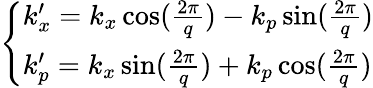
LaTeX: \begin{array}{r}{\left\{ \begin{array}{lll}{k_{x}^{\prime}=k_{x}\cos(\frac{2\pi}{q})-k_{p}\sin(\frac{2\pi}{q})}\\ {k_{p}^{\prime}=k_{x}\sin(\frac{2\pi}{q})+k_{p}\cos(\frac{2\pi}{q})}\end{array}\right.}\end{array}